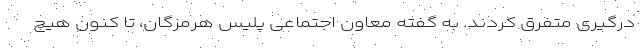
درگیری متفرق کردند. به گفته معاون اجتماعی پلیس هرمزگان، تا کنون هیچ